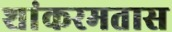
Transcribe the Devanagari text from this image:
शांकरमतास